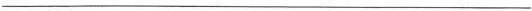
___